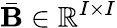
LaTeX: \bar{\mathbf{B}}\in\mathbb{R}^{I\times I}